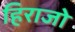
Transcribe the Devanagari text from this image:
हिराजो